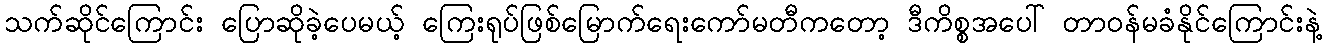
သက်ဆိုင်ကြောင်း ပြောဆိုခဲ့ပေမယ့် ကြေးရုပ်ဖြစ်မြောက်ရေးကော်မတီကတော့ ဒီကိစ္စအပေါ် တာဝန်မခံနိုင်ကြောင်းနဲ့